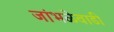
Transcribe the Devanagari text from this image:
जांभळेवाडी